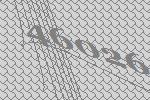
46026